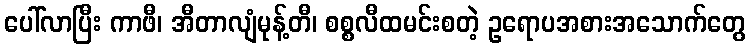
ပေါ်လာပြီး ကာဖီ၊ အီတာလျံမုန့်တီ၊ စစ္စလီထမင်းစတဲ့ ဥရောပအစားအသောက်တွေ